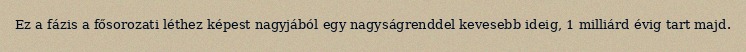
Ez a fázis a fősorozati léthez képest nagyjából egy nagyságrenddel kevesebb ideig, 1 milliárd évig tart majd.